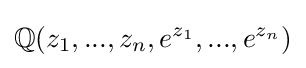
\mathbb {Q} (z_{1},...,z_{n},e^{z_{1}},...,e^{z_{n}})